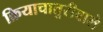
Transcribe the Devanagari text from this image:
क्रियाचातुरीवाले